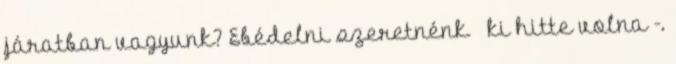
járatban vagyunk? Ebédelni szeretnénk – ki hitte volna -.